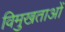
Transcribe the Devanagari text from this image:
विमुखताओं